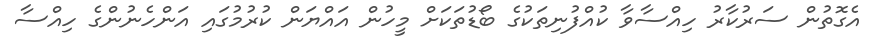
އެގޮތުން ސަރުކާރު ހިއްސާވާ ކުއްފުނިތަކުގެ ބޯޑުތަކަށް މީހުން އައްޔަން ކުރުމުގައި އަންހެނުންގެ ހިއްސާ